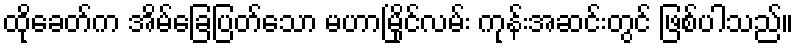
ထိုခေတ်က အိမ်ခြေပြတ်သော မဟာမြိုင်လမ်း ကုန်းအဆင်းတွင် ဖြစ်ပါသည်။